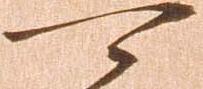
可